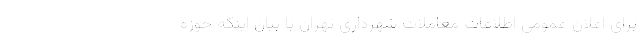
برای اعلان عمومی اطلاعات معاملات شهرداری تهران با بیان اینکه حوزه